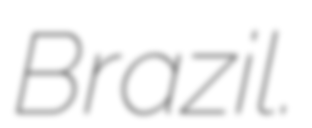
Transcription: Brazil.